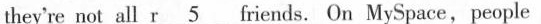
tthey're not all r \underline5 friends. On MySpace,people